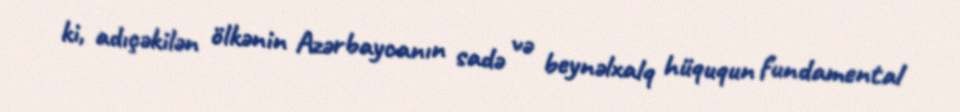
ki, adıçəkilən ölkənin Azərbaycanın sadə və beynəlxalq hüququn fundamental